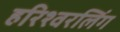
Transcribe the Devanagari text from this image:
हरिश्वरलिंग